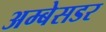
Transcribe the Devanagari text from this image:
अम्बेसडर